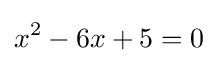
x^{2}-6x+5=0